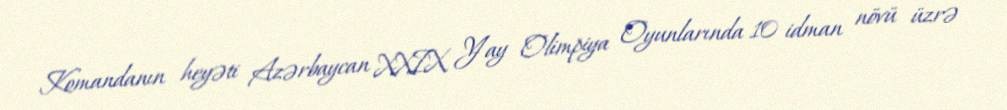
Komandanın heyəti Azərbaycan XXIX Yay Olimpiya Oyunlarında 10 idman növü üzrə